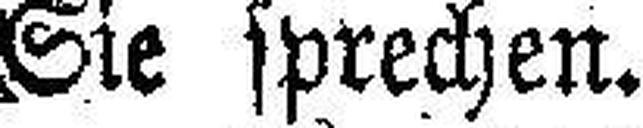
Sie sprechen.